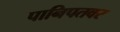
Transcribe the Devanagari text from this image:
पानिपतवर